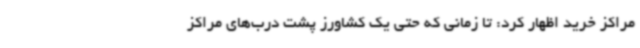
مراکز خرید اظهار کرد: تا زمانی که حتی یک کشاورز پشت درب‌های مراکز